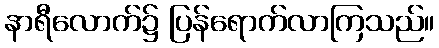
နာရီလောက်၌ ပြန်ရောက်လာကြသည်။